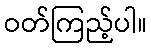
ဝတ်ကြည့်ပါ။